Annual report on the working of the lock hospitals in the Central Provinces
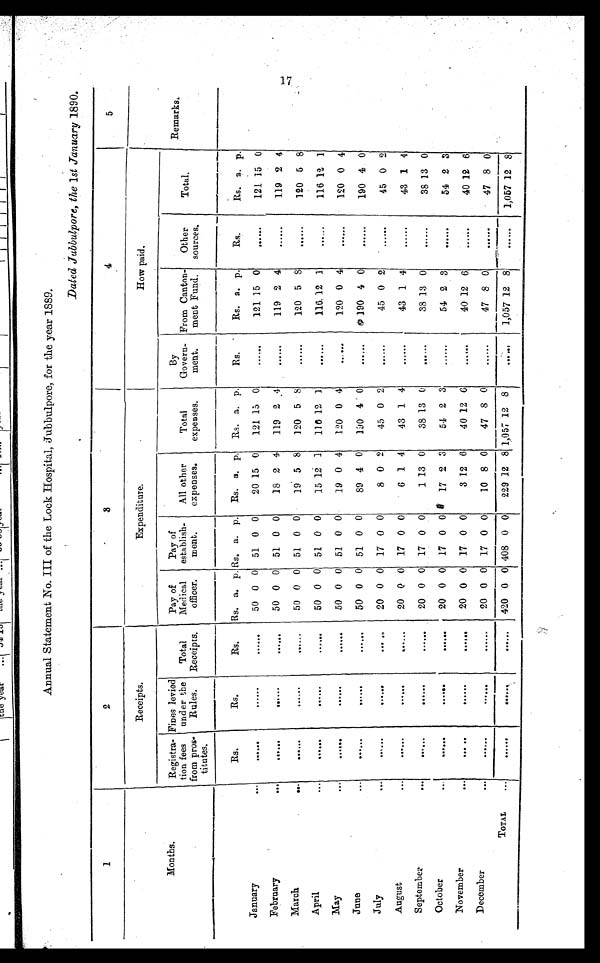
Annual Statement No. III of the Lock Hospital, Jubbulpore, for the year 1889.
Dated Jubbulpore, the 1 st January 1890.
1
2
3
4
5
Receipts.
Expenditure.
How paid.
Months.
Registra-
tion fees
from pros-
titutes.
Fines levied
under the
Rules.
Total
Receipts.
Pay of
Medical
officer.
Pay of
establish-
ment.
All other
expenses.
Total
expenses.
By
Govern-
ment.
From Canton-
ment Fund.
Other
sources.
Total.
Remarks.
Rs.
R s .
Rs.
Rs. a. p. Rs. a. p.
Rs. a. p.
Rs. a. p.
Rs.
Rs. a. p.
Rs.
Rs. a. p.
January
. . .
. . . . . .
. . . . . .
. . . . . .
50 0 0
51 0 0
20 15 0
121 15 0
. . . . . .
121 15 0
. . . . . .
121 15 0
February
. . .
. . . . . .
. . . . . .
......
50 0 0
51 0 0
18 2 4
119 2 4
. . . . . .
119 2 4
......
119 2 4
March
. . .
. . . . . .
......
. . . . . .
50 0 0 51 0 0
19 5 8
120 5 8
......
120 5 8
. . . . . .
120 5 8
April
. . .
. . . . . .
. . . . . .
. . . . . .
50 0 0 51 0 0
15 12 1
116 12 1
......
116
1 2 1
. . . . . .
116 12 1
May
. . .
......
. . . . . .
. . . . . .
50 0 0 51 0 0
19 0 4
120 0 4
......
120 0 1
......
120 0 4
J u n e
. . .
. . . . . .
. . . . . .
. . . . . .
50 0 0 51 0 0
8 9 4 0
19O 4 0
. . . . . .
190 4 0
......
190 4 0
July
...
. . . . . .
. . . . . .
......
20 0 0 17 0 0
8 0 2
45 0 2
......
45 0 2
. . . . . .
45 0 2
August
. . .
. . . . . .
......
. . . . . .
2 0 0 0
17 0 0
6 1 4
43 1 4
......
43 1 4
......
43 1 4
September
. . .
......
. . . . . .
. . . . . .
20 0 0 17 0 0
1 13 0
38 13 0
......
38 13 0
. . . . . .
38 13 0
October
. . .
. . . . . .
......
......
2 0 0 0 17 0 0
17 2 3
54 2 3
......
54 2 3
......
54 2 3
November
. . .
......
. . . . . .
. . . . . .
2 0 0 0 17 0 0
3 12 6
40 12 6
......
40 12 6
. . . . . .
40 12 6
December
. . .
. . . . . .
......
. . . . . .
2 0 0 0 17 0 0
10 8 0
47 8 0
......
47 8 0
. . . . . .
47 8 0
TOTAL
...
. . . . . .
......
......
420 0 0 408 0 0
229 12 8 1,057 12 8
......
1,057 12 8
......
1,057 12 8